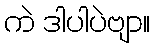
ကဲ ဒါပါပဲဗျာ။